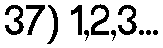
37) 1,2,3...